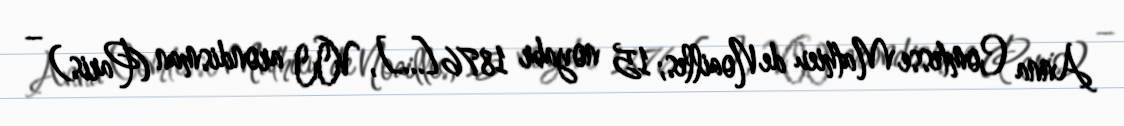
Anna Comtesse Mathieu de Noailles; 15 noyabr 1876[…], VII arondisman (Paris) –